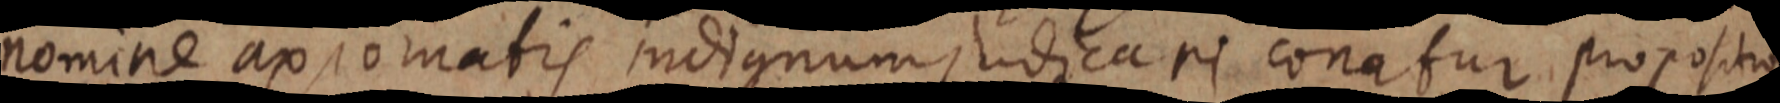
nomine axiomatis indignum, judicari conatur propositionis